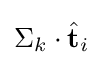
\Sigma _{k}\cdot {\hat {\textbf {t}}}_{i}